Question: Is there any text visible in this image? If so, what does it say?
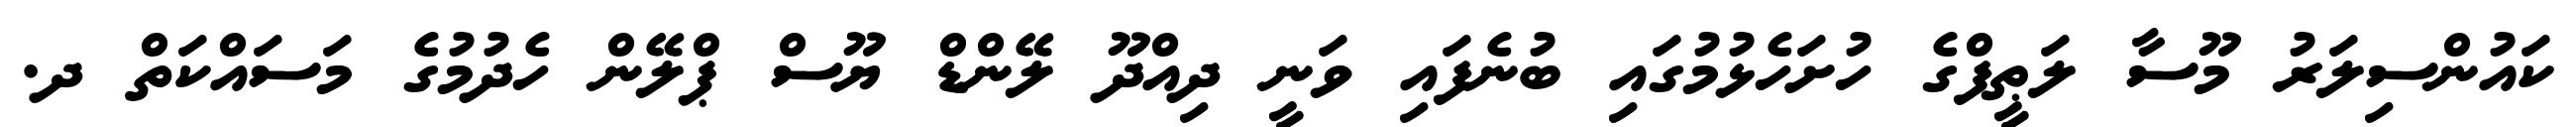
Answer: ކައުންސިލަރު މޫސާ ލަޠީފްގެ ހުށަހެޅުމުގައި ބުނެފައި ވަނީ ދިއްދޫ ލޭންޑް ޔޫސް ޕްލޭން ހެދުމުގެ މަސައްކަތް ދ.